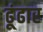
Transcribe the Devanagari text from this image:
ढूंढार